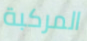
المركبة